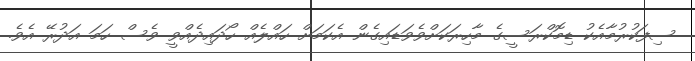
ސިފަކުރުމާއެކު ޑިމޮކްރަސީގެ މާހިރަކަށްވެވަޑައިގެން އެކަމަށް ހައްލެއް ހޯދައިދެއްވީ ވެސް ހަމަ އަދުރޭ އެވެ.